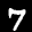
Label: 7